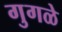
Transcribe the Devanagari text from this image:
गुगळे